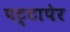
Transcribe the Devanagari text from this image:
पट्टापेर